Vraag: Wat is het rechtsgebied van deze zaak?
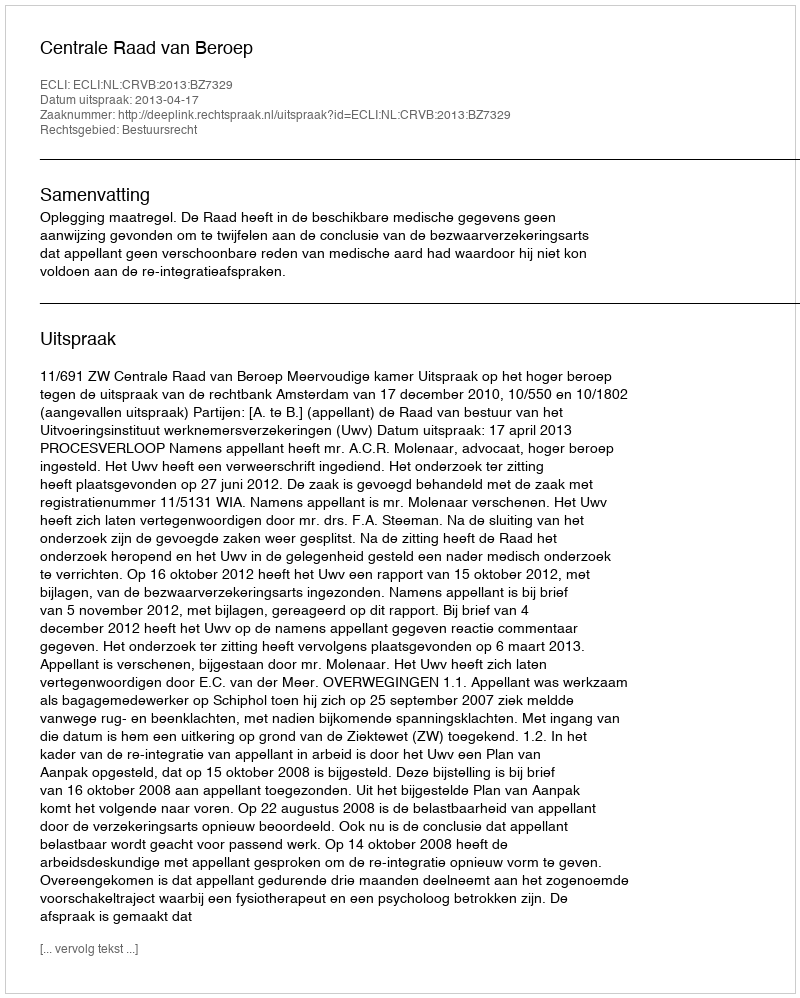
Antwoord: Bestuursrecht